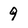
Character: 9